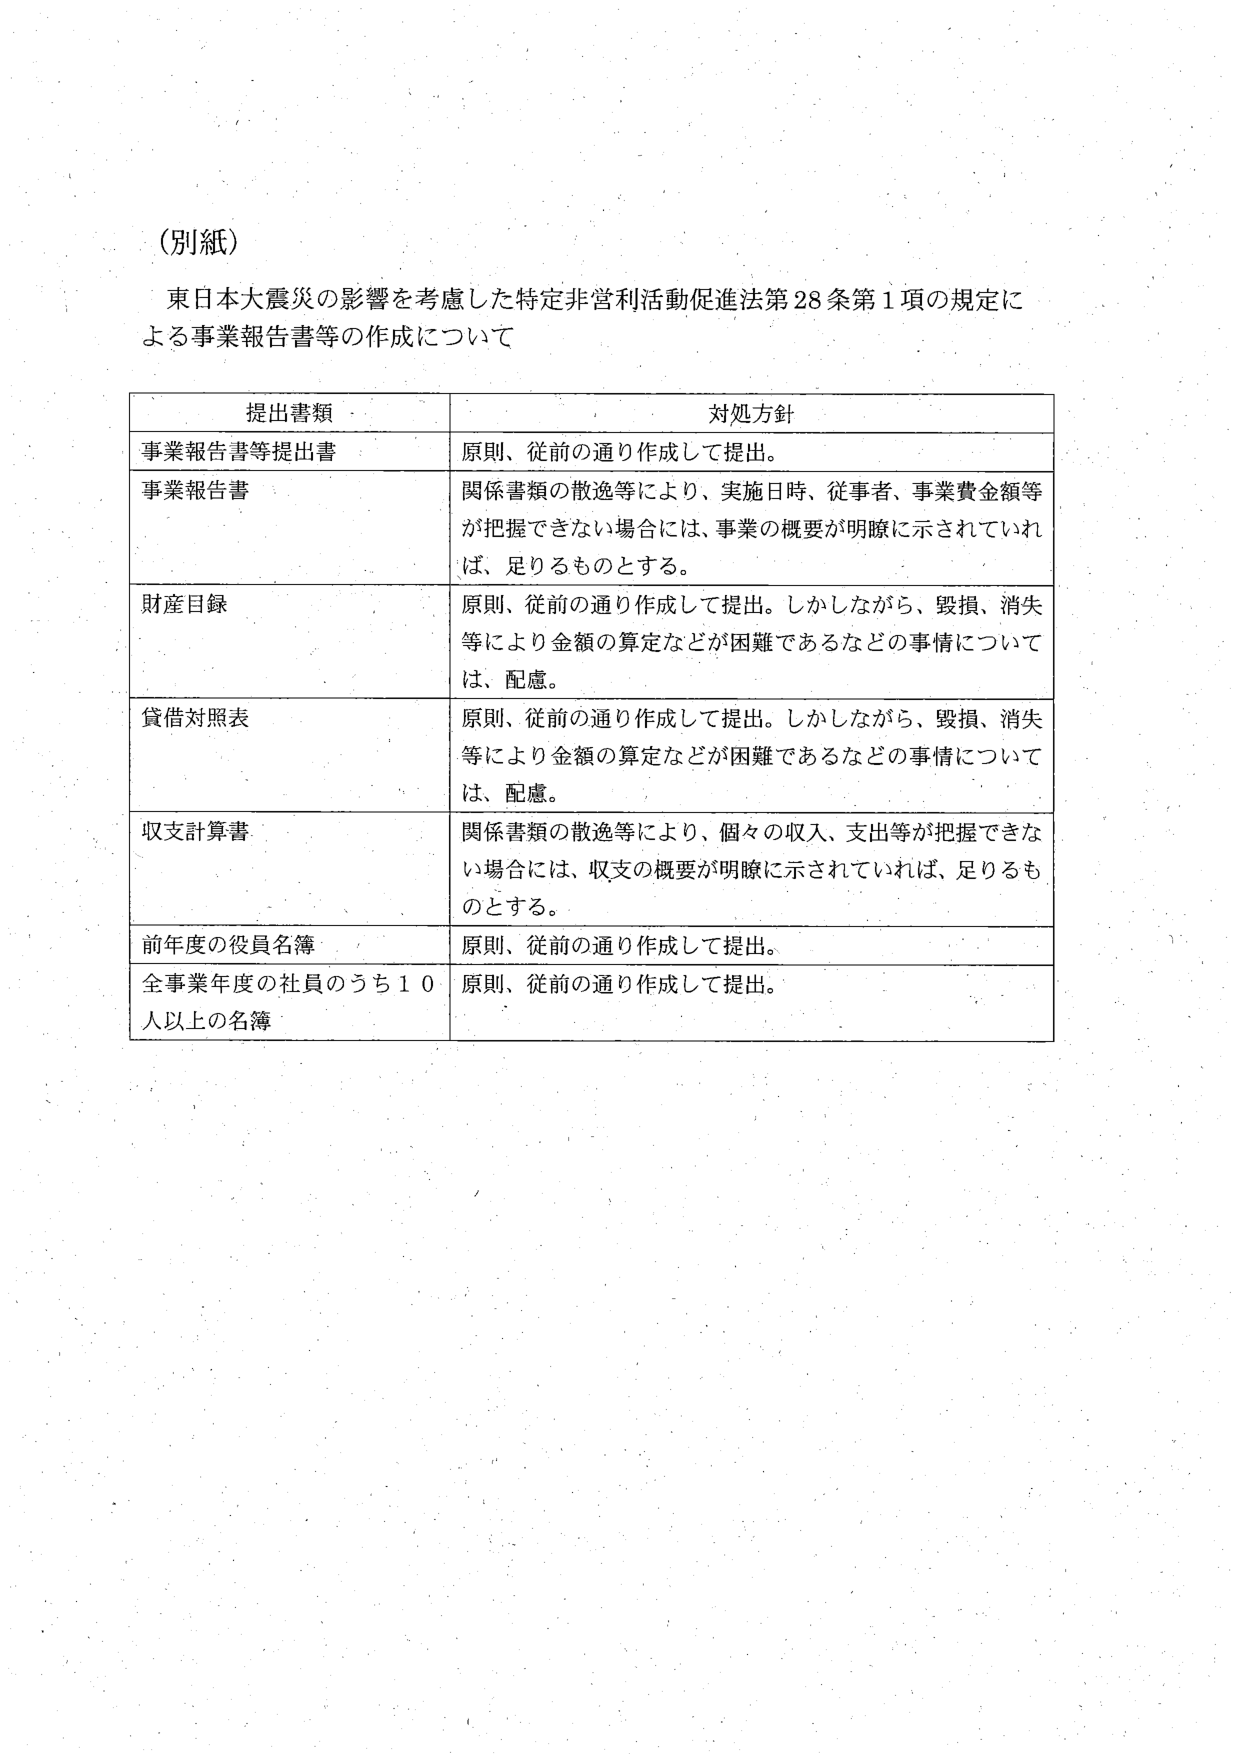
(別紙)

東日本大震災の影響を考慮した特定非営利活動促進法第28条第1項の規定による事業報告書等の作成について

提出書類 対処方針
事業報告書等提出書 原則、従前の通り作成して提出。
事業報告書 関係書類の散逸等により、実施日時、従事者、事業費金額等が把握できない場合には、事業の概要が明瞭に示されていれば、足りるものとする。
財産目録 原則、従前の通り作成して提出。しかしながら、毀損、消失等により金額の算定などが困難であるなどの事情については、配慮。
貸借対照表 原則、従前の通り作成して提出。しかしながら、毀損、消失等により金額の算定などが困難であるなどの事情については、配慮。
収支計算書 関係書類の散逸等により、個々の収入、支出等が把握できない場合には、収支の概要が明瞭に示されていれば、足りるものとする。
前年度の役員名簿 原則、従前の通り作成して提出。
全事業年度の社員のうち10人以上の名簿 原則、従前の通り作成して提出。